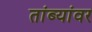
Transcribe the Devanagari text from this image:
तांब्यांवर